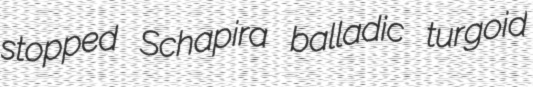
stopped Schapira balladic turgoid